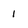
Character: 1